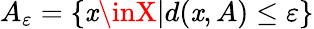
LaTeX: A_{\varepsilon}=\{ \mathit{x}\inX|d(\mathit{x},A)\leq\varepsilon\}